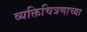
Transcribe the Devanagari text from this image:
व्यक्तिचित्रणाच्या